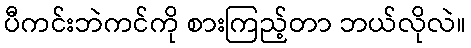
ပီကင်းဘဲကင်ကို စားကြည့်တာ ဘယ်လိုလဲ။